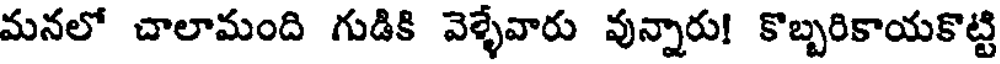
మనలో చాలామంది గుడికి వెళ్ళేవారు వున్నారు! కొబ్బరికాయకొట్టి